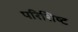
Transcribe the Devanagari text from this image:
परिशिष्‍ट